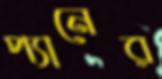
প্যানের